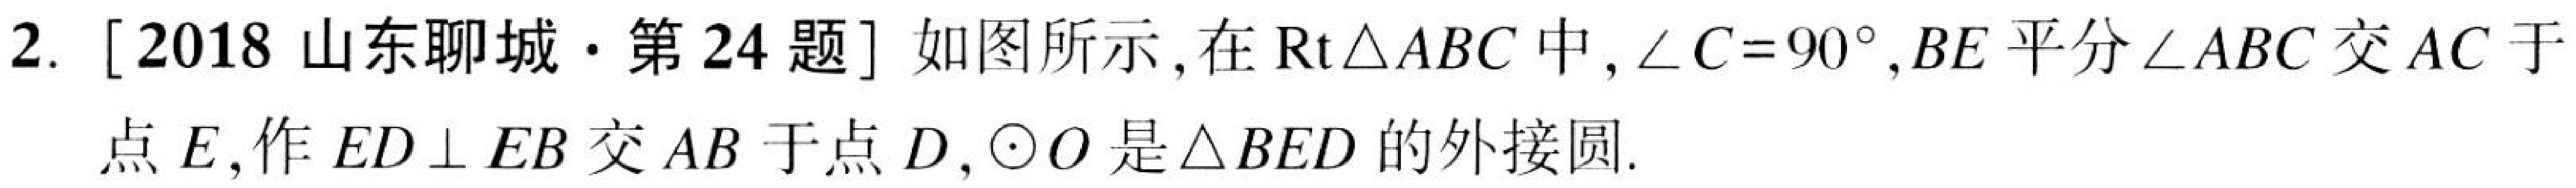
2. [2018山东聊城·第24题] 如图所示，在\(\text{Rt}\triangle ABC\)中，\(\angle C = 90^{\circ}\)，\(BE\)平分\(\angle ABC\)交\(AC\)于
点\(E\)，作\(ED\perp EB\)交\(AB\)于点\(D\)，\(\odot O\)是\(\triangle BED\)的外接圆.